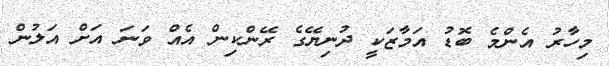
މިހާރު އެންމެ ބޮޑު އަމާޒަކީ ދުނިޔޭގެ ރޭންކިން އެއް ވަނަ އަށް އަލުން